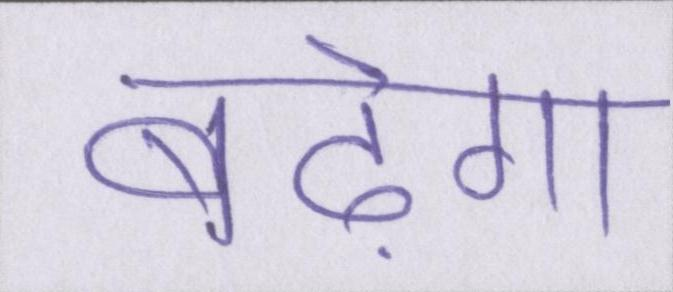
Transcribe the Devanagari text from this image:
बढ़ेगा